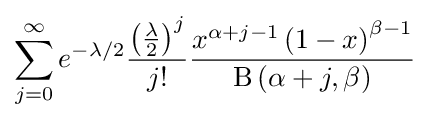
\sum _{j=0}^{\infty }e^{-\lambda /2}{\frac {\left({\frac {\lambda }{2}}\right)^{j}}{j!}}{\frac {x^{\alpha +j-1}\left(1-x\right)^{\beta -1}}{\mathrm {B} \left(\alpha +j,\beta \right)}}